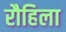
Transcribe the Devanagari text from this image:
रौहिला